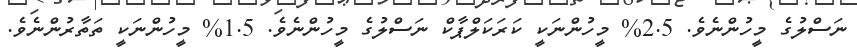
ނަސްލުގެ މީހުންނެވެ. 2.5% މީހުންނަކީ ކަރަކަލްޕާކް ނަސްލުގެ މީހުންނެވެ. 1.5% މީހުންނަކީ ތަތާރުންނެވެ.